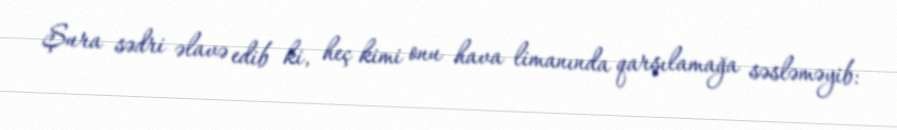
Şura sədri əlavə edib ki, heç kimi onu hava limanında qarşılamağa səsləməyib: